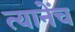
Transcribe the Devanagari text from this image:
त्यानेंच